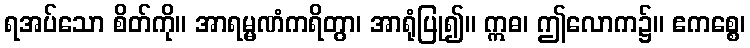
ရအပ်သော စိတ်ကို။ အာရမ္မဏံကရိတွာ၊ အာရုံပြု၍။ ဣဓ၊ ဤလောက၌။ ဧကစ္စေ၊